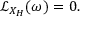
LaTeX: { \mathcal { L } } _ { X _ { H } } ( \omega ) = 0 .